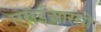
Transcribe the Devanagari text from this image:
एसईआरसी